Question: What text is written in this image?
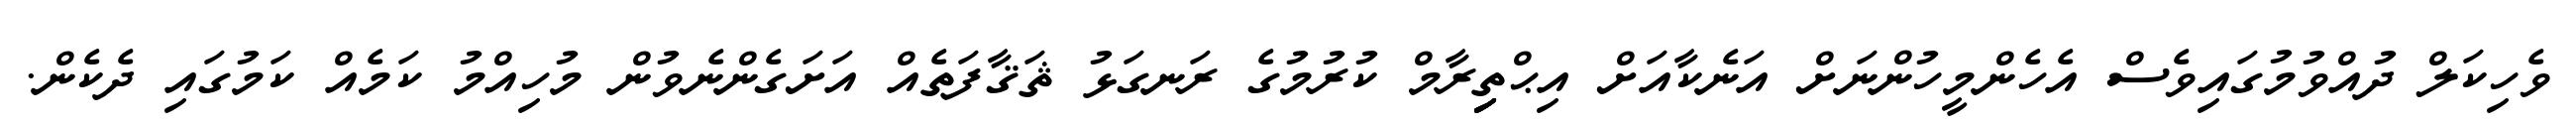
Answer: ވެހިކަލް ދުއްވުމުގައިވެސް އެހެންމީހުންނަށް އަނެކާއަށް އިޙްތިިިިިިރާމް ކުރުމުގެ ރަނގަޅު ޘަޤާފަތެއް އަށަގެންނެވުން މުހިއްމު ކަމެއް ކަމުގައި ދެކެން.